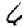
Digit: 6